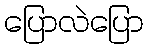
ပြောလဲပြော